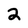
Character: 2